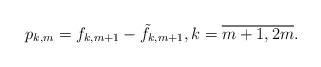
LaTeX: \begin{align*} p_{k,m} = f_{k,m+1} - \tilde f_{k,m+1}, k = \overline{m+1,2m}.\end{align*}